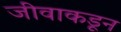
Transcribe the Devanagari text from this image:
जीवाकडून